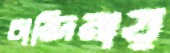
চান্দিনায়